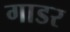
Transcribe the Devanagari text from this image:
गाडर